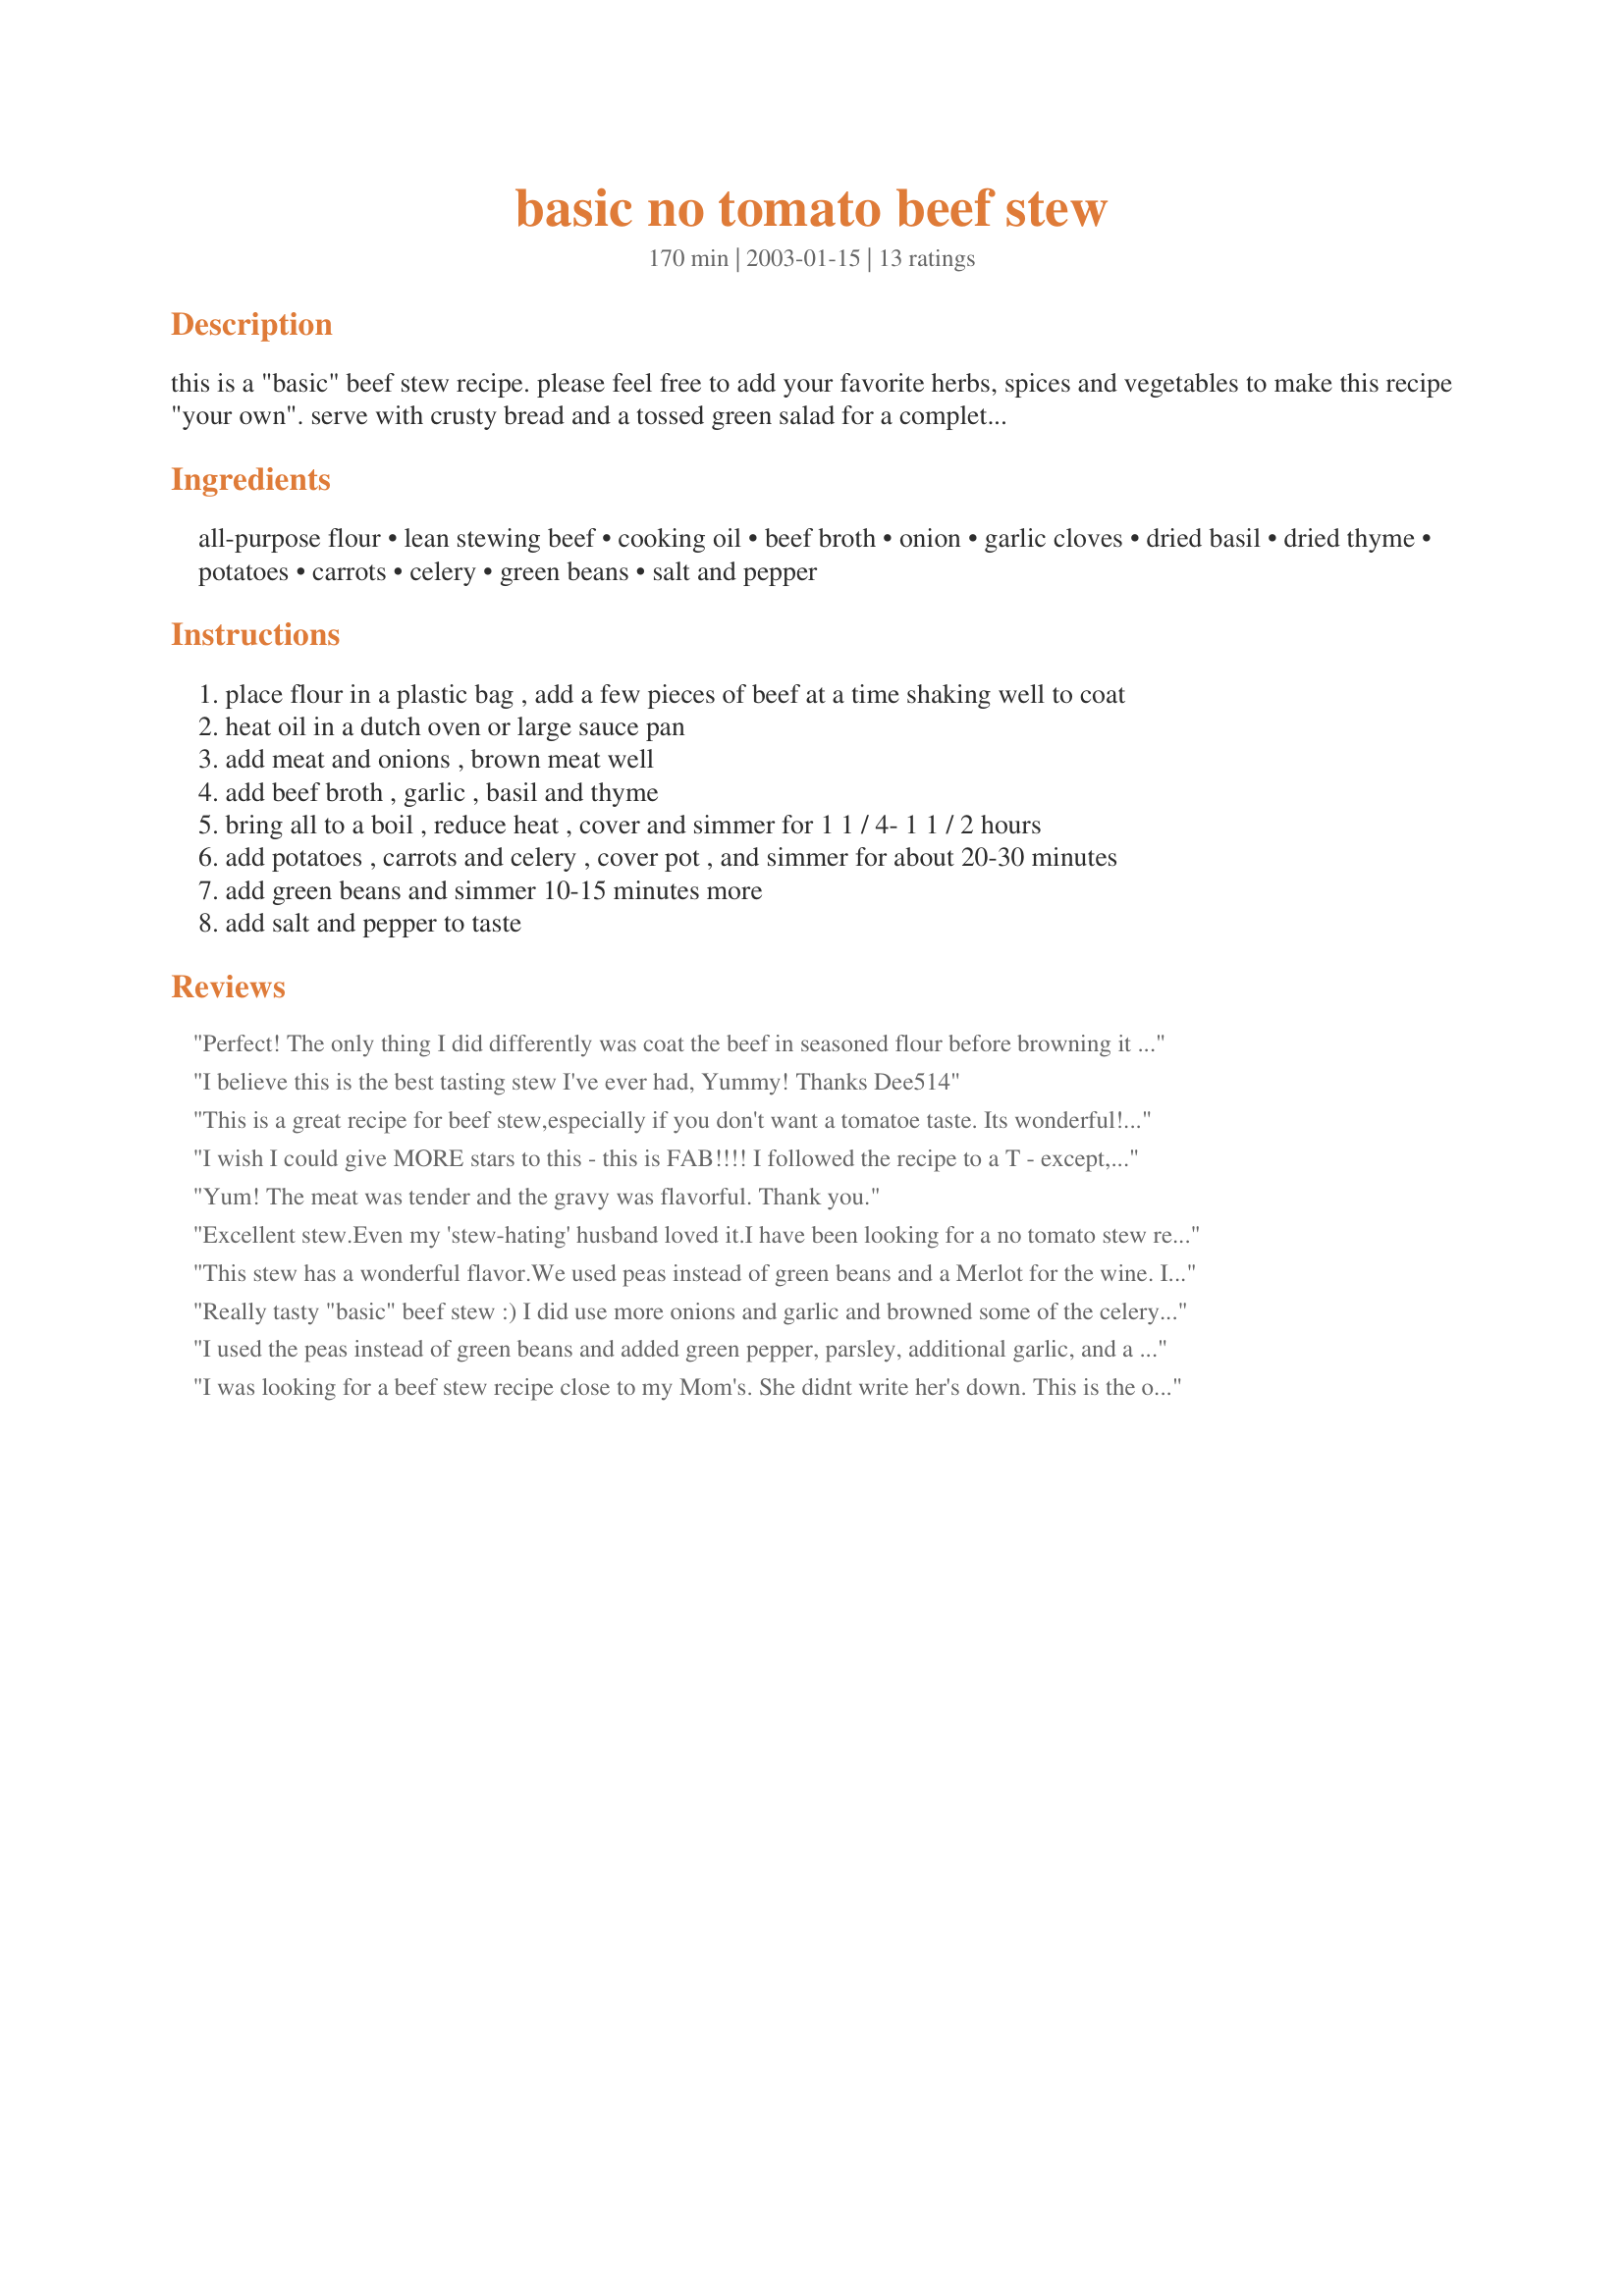
basic no tomato beef stew
Preparation time: 170 minutes

this is a "basic" beef stew recipe. please feel free to add your favorite herbs, spices and vegetables to make this recipe "your own". serve with crusty bread and a tossed green salad for a complete meal.

Ingredients:
all-purpose flour, lean stewing beef, cooking oil, beef broth, onion, garlic cloves, dried basil, dried thyme, potatoes, carrots, celery, green beans, salt and pepper

Steps:
place flour in a plastic bag , add a few pieces of beef at a time shaking well to coat
heat oil in a dutch oven or large sauce pan
add meat and onions , brown meat well
add beef broth , garlic , basil and thyme
bring all to a boil , reduce heat , cover and simmer for 1 1 / 4- 1 1 / 2 hours
add potatoes , carrots and celery , cover pot , and simmer for about 20-30 minutes
add green beans and simmer 10-15 minutes more
add salt and pepper to taste

Reviews:
Perfect! The only thing I did differently was coat the beef in seasoned flour before browning it so the stew would thicken up a little as it cooked. Almost as good as grandma's :) Thanks.
I believe this is the best tasting stew I've ever had, Yummy! Thanks Dee514
This is a great recipe for beef stew,especially if you don't want a tomatoe taste. Its wonderful! DH just loved it. I used 1 can beef broth and added 3cups of beef bouillon and cooked it slowly for 3hrs. adding vegetables along the way, leaving green beans last ( I used canned green beans) 
I plan on making a vegetable casserole with the lefted overs, putting homemade biscuits on top tomorrow. Thanks for sharing this tasty and wonderful beef stew.
I wish I could give MORE stars to this - this is FAB!!!! I followed the recipe to a T - except, I had a pork roast to use and not a beef, so it also makes a GREAT pork stew - (never did one before - but will again!) I did use the wine- smelled horrible when I put it in, but cooked up great!! Thank you for posting this - it is a keeper for me!!
Yum! The meat was tender and the gravy was flavorful. Thank you.
Excellent stew.Even my 'stew-hating' husband loved it.I have been looking for a no tomato stew recipe for years,this one is it.It has wonderful,down home flavor,just like grandma used to make.
This stew has a wonderful flavor.We used peas instead of green beans and a Merlot for the wine. It was quite easy to prepare, and we will definitely make it again.
Really tasty "basic" beef stew :) I did use more onions and garlic and browned some of the celery with the beef and onions. Otherwise pretty much followed the recipe, the cooking time was just right, which never happens to me. LOL. Thanks Dee :)
I used the peas instead of green beans and added green pepper, parsley, additional garlic, and a small bay leaf. It was even better the second day. Served with granny rolls with butter and a green salad.
I was looking for a beef stew recipe close to my Mom's. She didnt write her's down. This is the one! We leave out the potatoes in the pot and serve over mashed potatoes instead. I added a cup and a half of frozen pees 10 minutes before the end.
I have cooked a few versions of beef stew but your variation took my eye while searching out new recipes at Zaar and I just had to try it. Let me tell you, my hubby & I were not disappointed with the results - it was absolutely D-E-L-I-C-I-O-U-S and the aroma while it was cooking.....mmmmmm. Dee514 you really outdid yourself with this one so here are 5 STARS coming your way.
I made this for DBF as I do not eat stew of any kind and he said it was good, but not the best he's ever had, hence the 4 stars. He did say however, that he would definitely want this again. I follwed the recipe exactly. I didnt cut up the stew beef when I bought it from the store so it was in big chunks, which may have had something to do with the way DBF felt. Next time I will cut the beef chunks into smaller pieces. Thanks for posting!
Yummy!! i made this for a family dinner and everyone loved it. I used frozen Sweet Peas and baby carrots cut in half. I also used red wine and i didn't have any beef broth so i used Beef bouillon and water.
